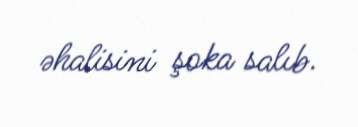
əhalisini şoka salıb.